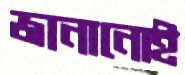
জানানোই